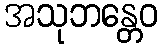
အသုဘန္တေဝ